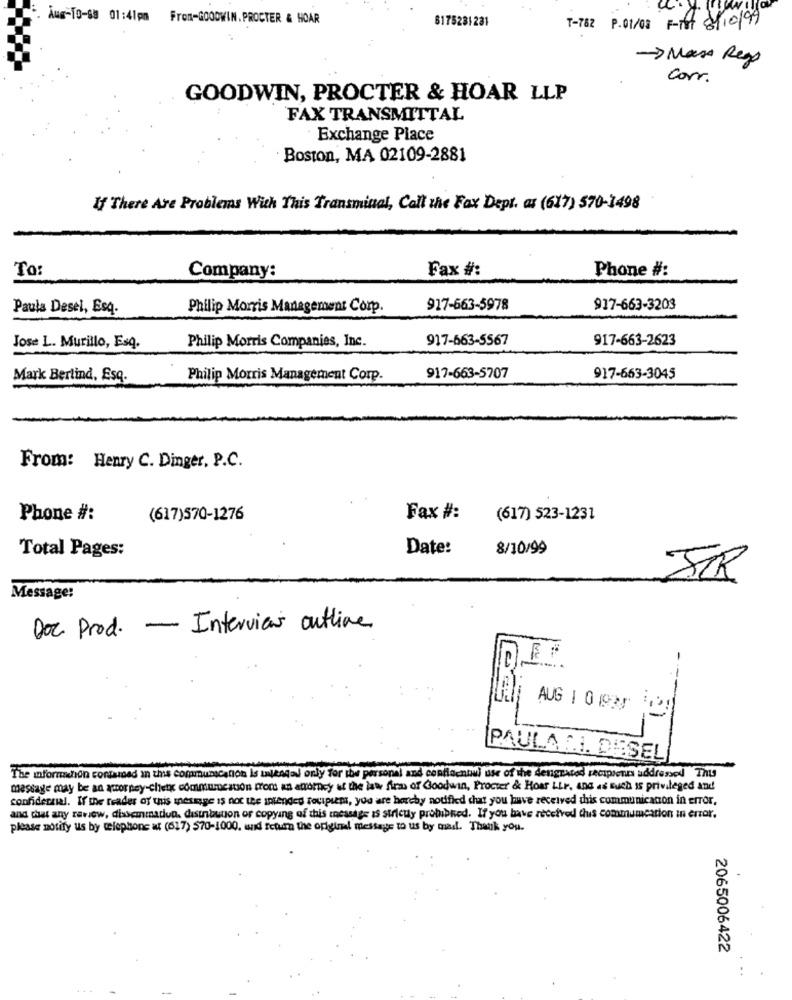
. Aus-To-68 01:41pm From-GOODWIN. PROCTER & HOAR
6175281281
T-782 P.01/03 F-M 8/10/99
-> Masa Rego
Carr.
GOODWIN, PROCTER & HOAR LLP
FAX TRANSMITTAL
Exchange Place
Boston, MA 02109-2881
If There Are Problems With This Transminal, Call the Fax Dept. as (617) 570-1498
To:
Fax #:
Phone #:
Company:
Paula Desel, Esq.
Philip Morris Management Corp.
917-663-5978
917-663-3203
917-663-5567
917-663-2623
Jose L. Murillo, Esq.
Philip Morris Companies, Inc.
Mark Berlind, Esq.
Philip Morris Management Corp.
917-663-5707
917-663-3045
From: Henry C. Dinger, P.C.
Phone #:
(617)570-1276
Fax #:
(617) 523-1231
Date:
8/10/99
Total Pages:
JR
Message:
Doc Prod. - Interview outline
..... .
---
AUG | 0 1925
PAULA MI. DESEL
The information contamed In this communication is Inlengal only for the personal and conflacnnul use of the dengrated recipients addressed Thus
message may be an aworpey-chieti commumestion from an attorney at the law firm of Goodwin, Procter & Hoar LLF. And as such Is privileged and
confidential. If the reader of this message is not the intended recipient, you are hereby notified that you have received this communication in error,
and that any review, dissemination, distribution or copying of this message is strictly prohibited. If you have received dus commumcation in error,
please notify us by telephone at (617) 570-1000. and return the original message to us by mad. Thank you.
2065006422